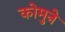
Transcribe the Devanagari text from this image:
कोमुने